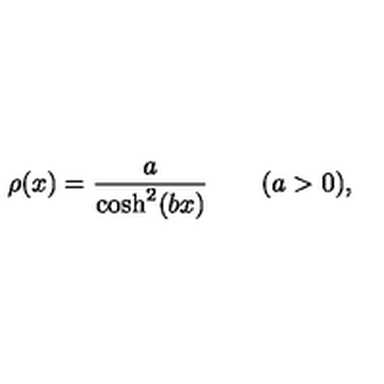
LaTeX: \rho ( x ) = \frac { a } { \cosh ^ { 2 } ( b x ) } \qquad ( a > 0 ) ,